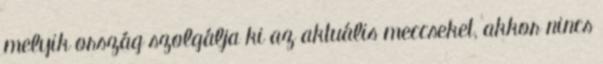
melyik ország szolgálja ki az aktuális meccseket, akkor nincs